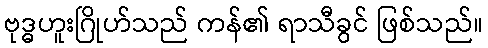
ဗုဒ္ဓဟူးဂြိုဟ်သည် ကန်၏ ရာသီခွင် ဖြစ်သည်။